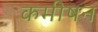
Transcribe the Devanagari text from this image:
कमीषन